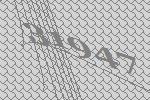
31947